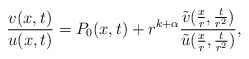
\begin{align*}\frac{v(x,t)}{u(x,t)}= P_0(x,t) + r^{k+\alpha} \frac{\tilde v(\frac{x}{r},\frac{t}{r^2})}{\tilde u(\frac{x}{r},\frac{t}{r^2})},\end{align*}